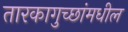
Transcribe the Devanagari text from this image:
तारकागुच्छांमधील